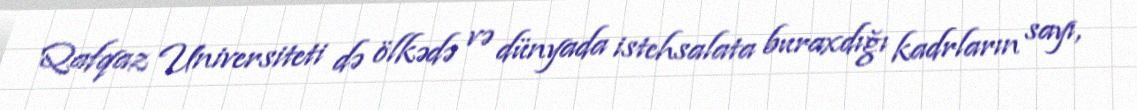
Qafqaz Universiteti də ölkədə və dünyada istehsalata buraxdığı kadrların sayı,